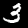
Digit: 3